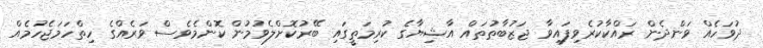
ދުވަހެއް ވަންދެން ރައްކާކުރެވިފައިވާ ޖަޒުބާތުތައް އާޝިޔާގެ ކުރިމަތީގައި ބޭރުކޮށްލެވުމުން ކޮންމެވެސް ވަރެއްގެ ހިތްހަމަޖެހުމެއް